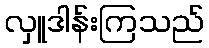
လှူဒါန်းကြသည်